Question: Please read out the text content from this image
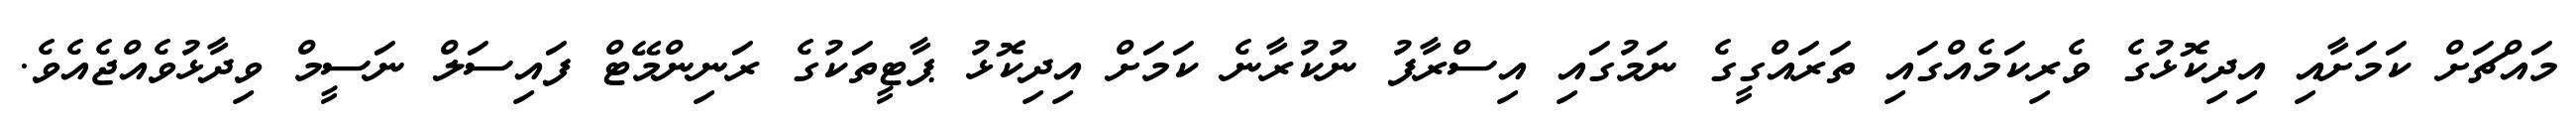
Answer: މައްޗަށް ކަމަށާއި އިދިކޮޅުގެ ވެރިކަމެއްގައި ތަރައްގީގެ ނަމުގައި އިސްރާފު ނުކުރާނެ ކަމަށް އިދިކޮޅު ޕާޓީތަކުގެ ރަނިންމޭޓް ފައިސަލް ނަސީމް ވިދާޅުވެއްޖެއެވެ.